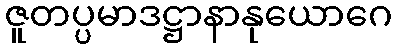
ဇူတပ္ပမာဒဋ္ဌာနာနုယောဂေ